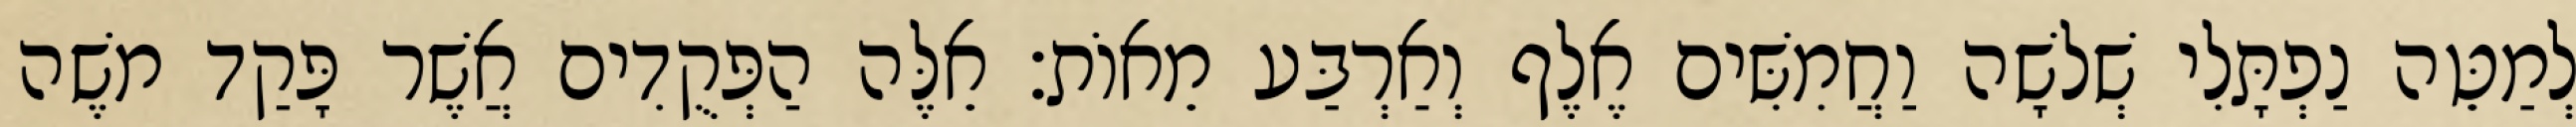
לְמַטֵּה נַפְתָּלִי שְׁלשָׁה וַחֲמִשִּׁים אֶלֶף וְאַרְבַּע מֵאוֹת׃ אֵלֶּה הַפְּקֻדִים אֲשֶׁר פָּקַד משֶׁה